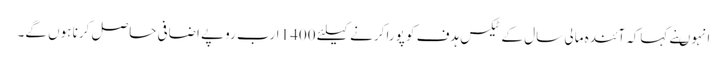
انہوںنے کہاکہ آئندہ مالی سال کے ٹیکس ہدف کو پورا کرنے کیلئے 1400 ارب روپے اضافی حاصل کرنا ہوں گے۔